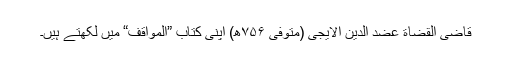
قاضی القضاة عضد الدین الایجی (متوفی ۷۵۶ھ) اپنی کتاب ”المواقف“ میں لکھتے ہیں۔